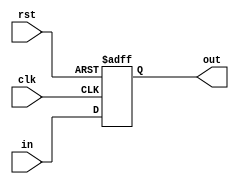
module MemWBReg #(parameter N = 32)(clk, rst, in, out);
    input clk, rst;
    input [N-1:0]in;
    output reg [N-1:0] out;
    always @(posedge clk, posedge rst) begin
        if (rst)
            out <= {N{1'b0}};
        else
            out <= in;
    end
endmodule